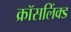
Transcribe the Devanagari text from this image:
क्रॉसलिंक्ड